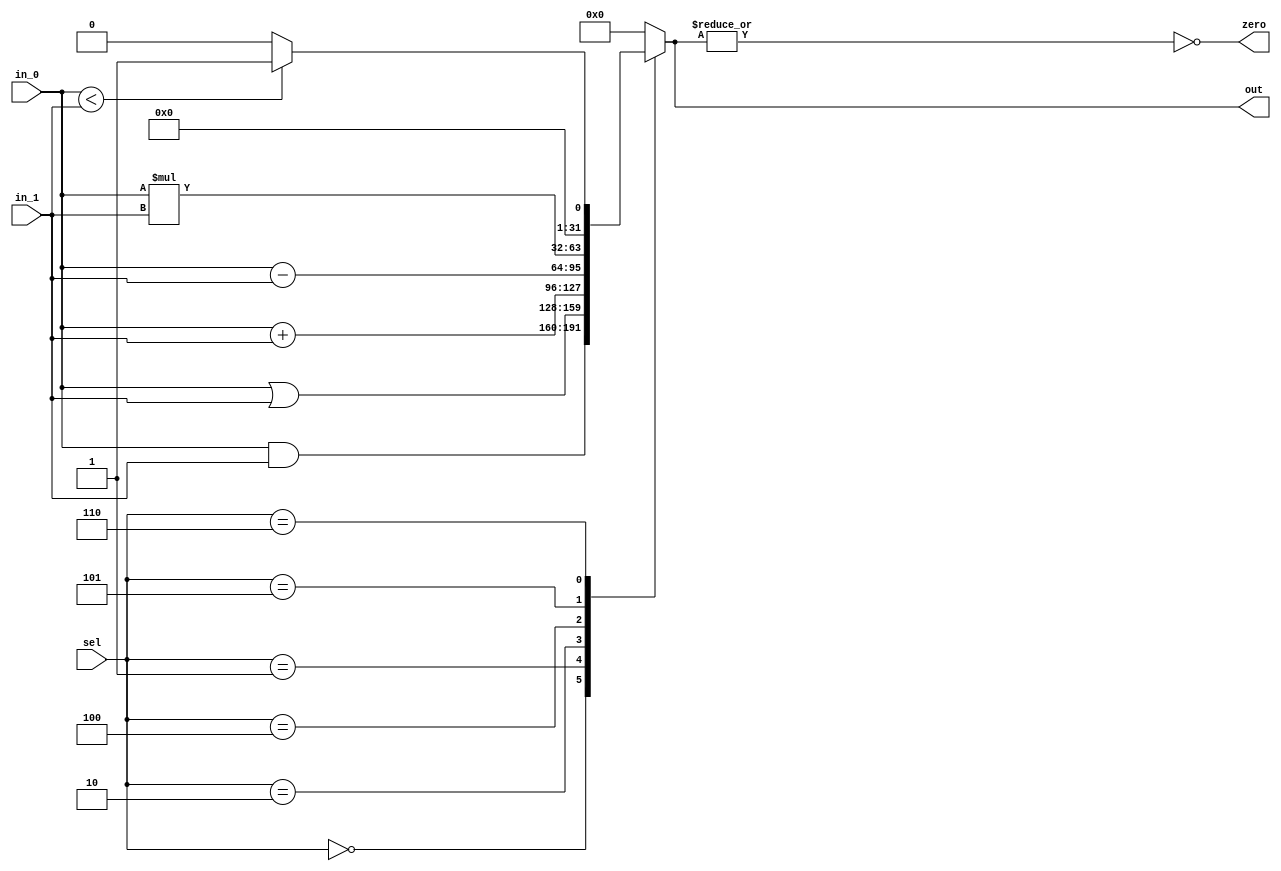
module ALU #
(
  parameter DATA_WIDTH  = 32 
)
(
  input  wire [DATA_WIDTH-1:0]    in_0 ,
  input  wire [DATA_WIDTH-1:0]    in_1 ,
  input  wire [2:0]               sel  ,
  
  output reg  [DATA_WIDTH-1:0]    out  ,
  output wire                     zero
);

localparam AND  = 3'b000 ;
localparam OR   = 3'b001 ;
localparam ADD  = 3'b010 ;
localparam SUB  = 3'b100 ;
localparam MUL  = 3'b101 ;
localparam SLT  = 3'b110 ;

always @ (*)
  begin
    case (sel)
      AND: out =  in_0 & in_1;
      OR : out =  in_0 | in_1;
      ADD: out =  in_0 + in_1;
      SUB: out =  in_0 - in_1;
      MUL: out =  in_0 * in_1;
      SLT: out = (in_0 < in_1) ? { { (DATA_WIDTH-1) { 1'b0 } }, (1'b1) } : { DATA_WIDTH {1'b0} };
      
      default : out = {DATA_WIDTH{1'b0}};
    endcase
  end

assign zero = ~ (| out);

endmodule